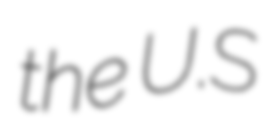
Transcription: the U.S